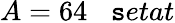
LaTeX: A=64\; \; \; \mathtt{s}etat